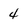
Character: 4